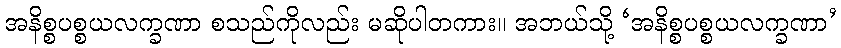
အနိစ္စပစ္စယလက္ခဏာ စသည်ကိုလည်း မဆိုပါတကား။ အဘယ်သို့ ‘အနိစ္စပစ္စယလက္ခဏာ’